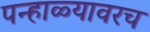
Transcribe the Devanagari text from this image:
पन्हाळ्यावरच